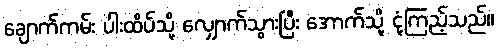
ချောက်ကမ်း ပါးထိပ်သို့ လျှောက်သွားပြီး အောက်သို့ ငုံ့ကြည့်သည်။